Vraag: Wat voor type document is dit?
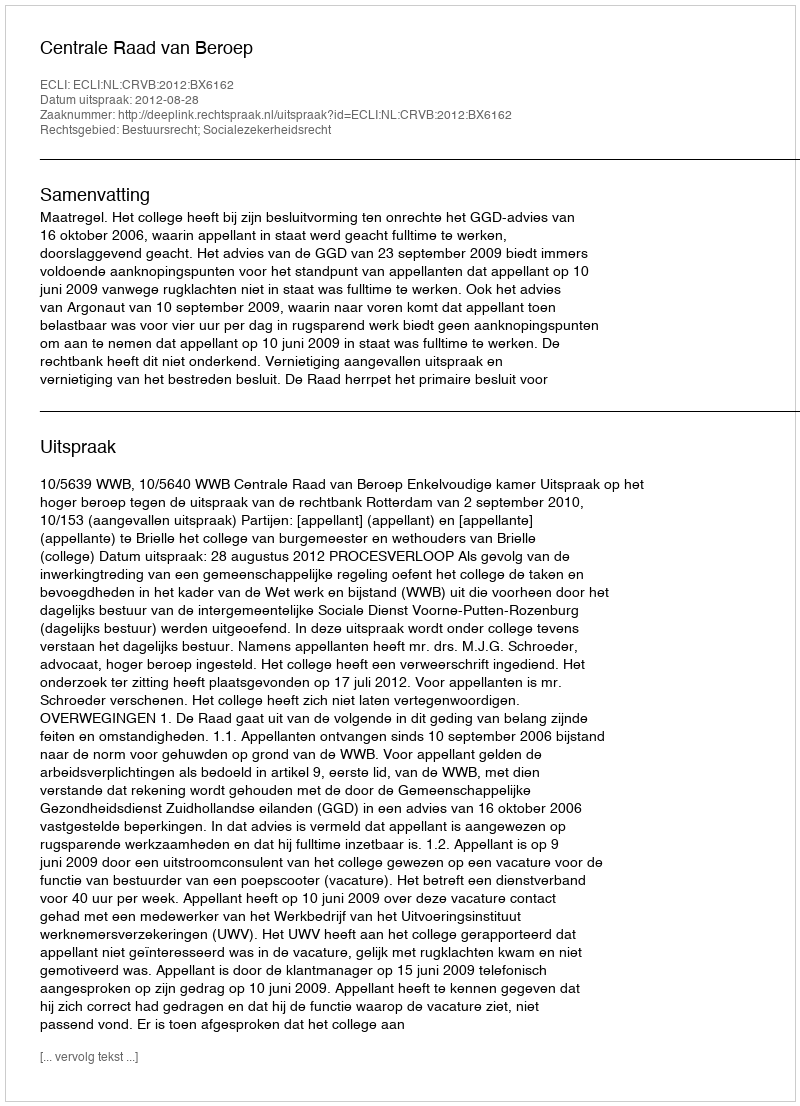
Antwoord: Uitspraak